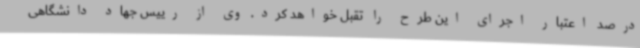
درصد اعتبار اجرای این طرح را تقبل خواهد کرد. وی از رییس جهاد دانشگاهی